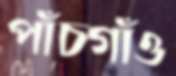
পাঁচগাঁও